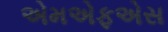
એમએફએસ